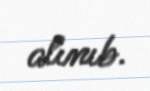
alınıb.